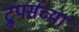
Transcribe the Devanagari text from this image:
ट्रुपर्सच्या